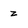
Character: z